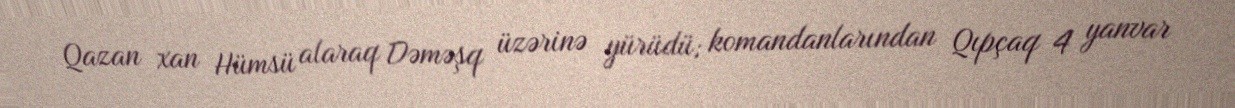
Qazan xan Hümsü alaraq Dəməşq üzərinə yürüdü; komandanlarından Qıpçaq 4 yanvar